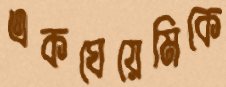
একঘেয়েমিকে